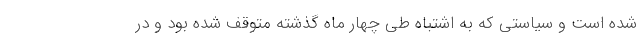
شده است و سیاستی که به اشتباه طی چهار ماه گذشته متوقف شده بود و در